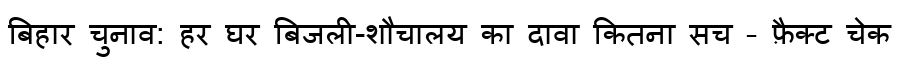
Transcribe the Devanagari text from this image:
बिहार चुनाव: हर घर बिजली-शौचालय का दावा कितना सच – फ़ैक्ट चेक